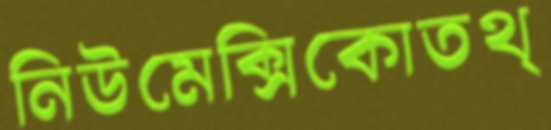
নিউমেক্সিকোতথ্